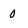
Character: 0